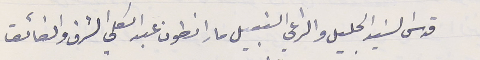
قدس السَيد الجليل والراعي النبيل مار انطون عبد الكلي الشرف والفائق